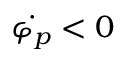
\dot { \varphi _ { p } } < 0